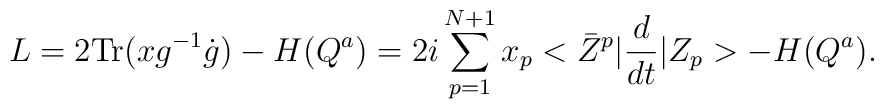
L=2\mbox{Tr}(xg^{-1}\dot g)-H(Q^a)=2i\sum_{p=1}^{N+1}x_p <\bar Z^p\vert \frac{d}{dt}\vert Z_p>-H(Q^a).